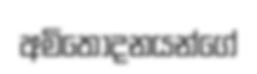
අමිතෝදනයන්ගේ